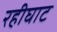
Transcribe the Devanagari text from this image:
रहीघाट